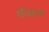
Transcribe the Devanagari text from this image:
गौचारण